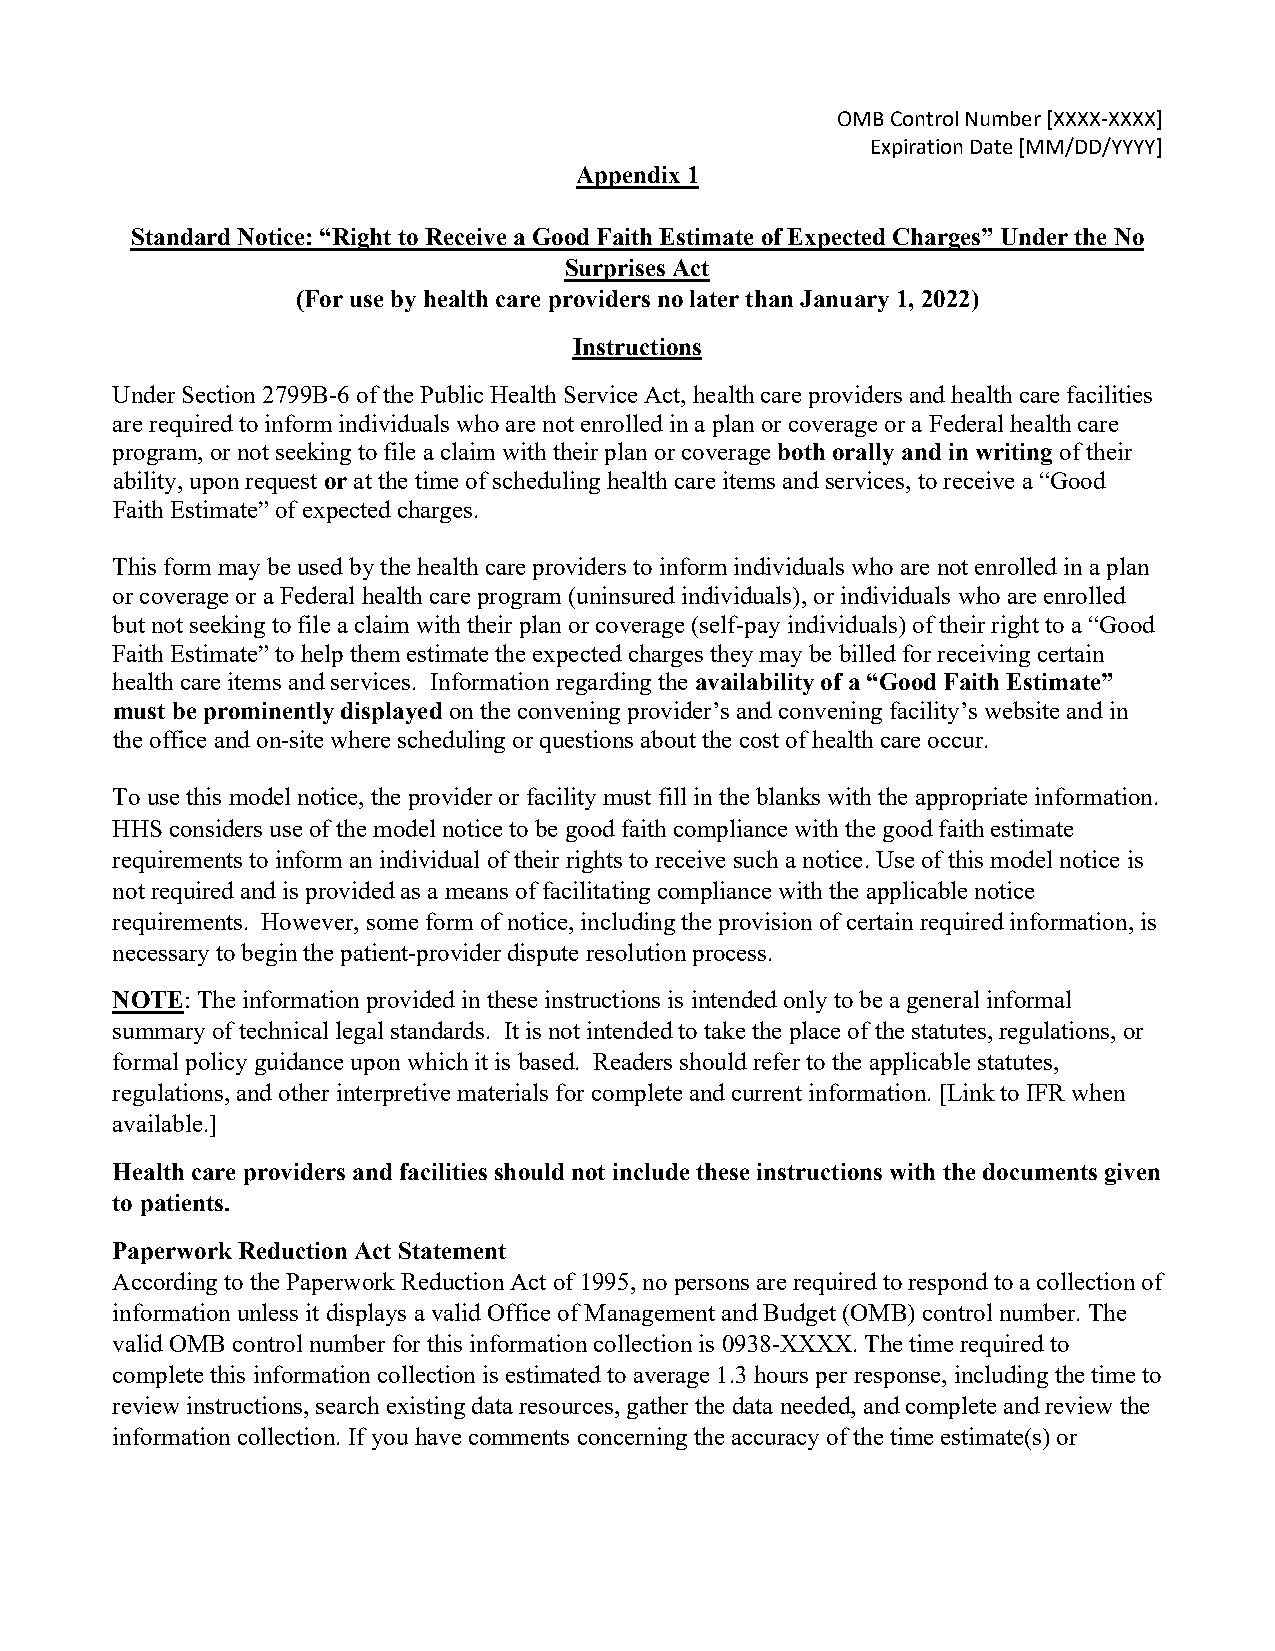
OMB Control Number [XXXX-XXXX]
 Expiration Date [MM/DD/YYYY]
 Appendix 1
 Standard Notice: “Right to Receive a Good Faith Estimate of Expected Charges” Under the No
 Surprises Act
 (For use by health care providers no later than January 1, 2022)
 Instructions
 Under Section 2799B-6 of the Public Health Service Act, health care providers and health care facilities
 are required to inform individuals who are not enrolled in a plan or coverage or a Federal health care
 program, or not seeking to file a claim with their plan or coverage both orally and in writing of their
 ability, upon request or at the time of scheduling health care items and services, to receive a “Good
 Faith Estimate” of expected charges.
 This form may be used by the health care providers to inform individuals who are not enrolled in a plan
 or coverage or a Federal health care program (uninsured individuals), or individuals who are enrolled
 but not seeking to file a claim with their plan or coverage (self-pay individuals) of their right to a “Good
 Faith Estimate” to help them estimate the expected charges they may be billed for receiving certain
 health care items and services. Information regarding the availability of a “Good Faith Estimate”
 must be prominently displayed on the convening provider’s and convening facility’s website and in
 the office and on-site where scheduling or questions about the cost of health care occur.
 To use this model notice, the provider or facility must fill in the blanks with the appropriate information.
 HHS considers use of the model notice to be good faith compliance with the good faith estimate
 requirements to inform an individual of their rights to receive such a notice. Use of this model notice is
 not required and is provided as a means of facilitating compliance with the applicable notice
 requirements. However, some form of notice, including the provision of certain required information, is
 necessary to begin the patient-provider dispute resolution process.
 NOTE: The information provided in these instructions is intended only to be a general informal
 summary of technical legal standards. It is not intended to take the place of the statutes, regulations, or
 formal policy guidance upon which it is based. Readers should refer to the applicable statutes,
 regulations, and other interpretive materials for complete and current information. [Link to IFR when
 available.]
 Health care providers and facilities should not include these instructions with the documents given
 to patients.
 Paperwork Reduction Act Statement
 According to the Paperwork Reduction Act of 1995, no persons are required to respond to a collection of
 information unless it displays a valid Office of Management and Budget (OMB) control number. The
 valid OMB control number for this information collection is 0938-XXXX. The time required to
 complete this information collection is estimated to average 1.3 hours per response, including the time to
 review instructions, search existing data resources, gather the data needed, and complete and review the
 information collection. If you have comments concerning the accuracy of the time estimate(s) or